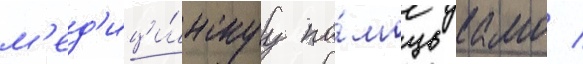
м'ед'ици́нскуу по́мощь камо /